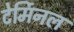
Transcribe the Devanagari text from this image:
टेर्मिनल